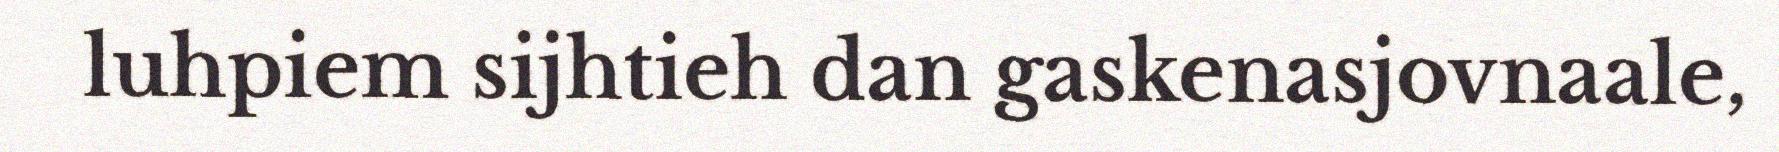
luhpiem sijhtieh dan gaskenasjovnaale,